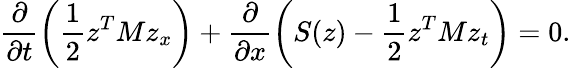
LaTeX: \frac{\partial}{\partial t}\left(\frac{1}{2}z^{T}Mz_{x}\right)+\frac{\partial}{\partial x}\left(S(z)-\frac{1}{2}z^{T}Mz_{t}\right)=0.